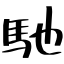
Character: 馳